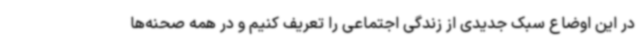
در این اوضاع سبک جدیدی از زندگی اجتماعی را تعریف کنیم و در همه صحنه‌ها